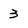
Character: 3